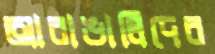
আবাঙালিদের